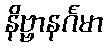
နိဗ္ဗာနင်္ဂမာ